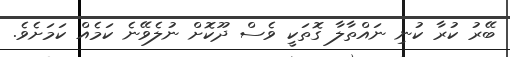
ބޭރު ކުރާ ކުނި ނައްތާލާ ގޮތަކީ ވެސް ދޫކޮށް ނުލެވޭނެ ކަމެއް ކަމަށެވެ.